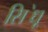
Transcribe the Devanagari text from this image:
सि॓धू